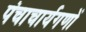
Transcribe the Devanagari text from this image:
पंचाचार्यगणों